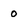
Character: o